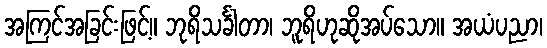
အကြင်အခြင်းဖြင့်။ ဘုရိသင်္ခါတာ၊ ဘူရိဟုဆိုအပ်သော။ အယံပညာ၊